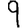
Digit: 9